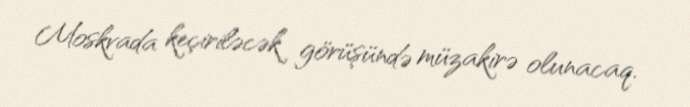
Moskvada keçiriləcək görüşündə müzakirə olunacaq.